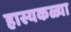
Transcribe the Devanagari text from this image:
हास्यकळ्या